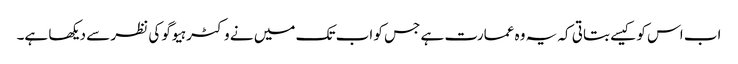
اب اس کو کیسے بتاتی کہ یہ وہ عمارت ہے جس کو اب تک میں نے وکٹر ہیوگو کی نظر سے دیکھا ہے۔